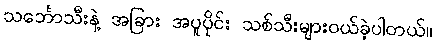
သင်္ဘောသီးနဲ့ အခြား အပူပိုင်း သစ်သီးများဝယ်ခဲ့ပါတယ်။